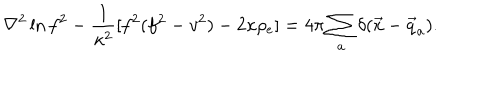
\nabla ^ { 2 } \ln f ^ { 2 } - \frac { 1 } { \kappa ^ { 2 } } [ f ^ { 2 } ( f ^ { 2 } - v ^ { 2 } ) - 2 \kappa \rho _ { e } ] = 4 \pi \sum _ { a } \delta ( \vec { x } - \vec { q } _ { a } ) .